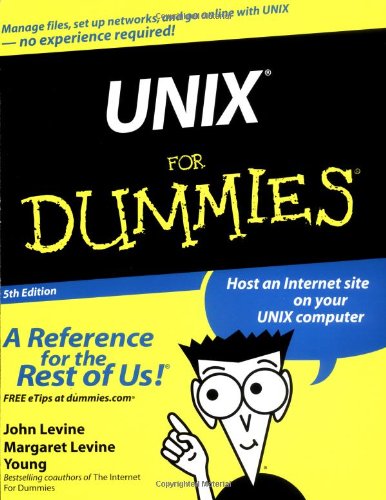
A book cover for UNIX For Dummies; John R. Levine; Computers & Technology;